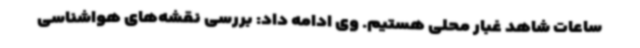
ساعات شاهد غبار محلی هستیم. وی ادامه داد: بررسی نقشه‌های هواشناسی